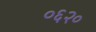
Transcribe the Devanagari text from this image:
०६२०